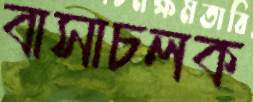
বাসাচলক